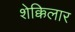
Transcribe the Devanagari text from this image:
शेक्किलार